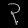
Digit: ၃